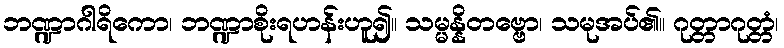
ဘဏ္ဍာဂါရိကော၊ ဘဏ္ဍာစိုးရဟန်းဟူ၍။ သမ္မန္နိတဗ္ဗော၊ သမုအပ်၏။ ဂုတ္တာဂုတ္တံ၊